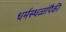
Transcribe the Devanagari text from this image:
धर्मस्थळांपैकी